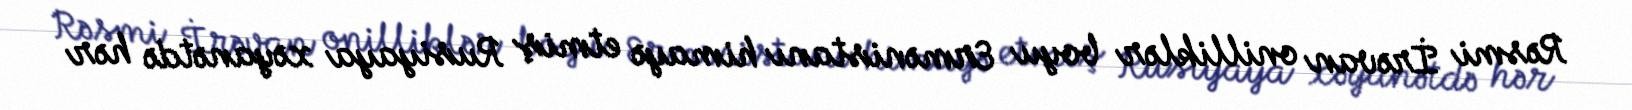
Rəsmi İrəvan onilliklər boyu Ermənistanı himayə etmiş Rusiyaya xəyanətdə hər